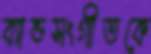
ব্যান্ডসংগীতকে